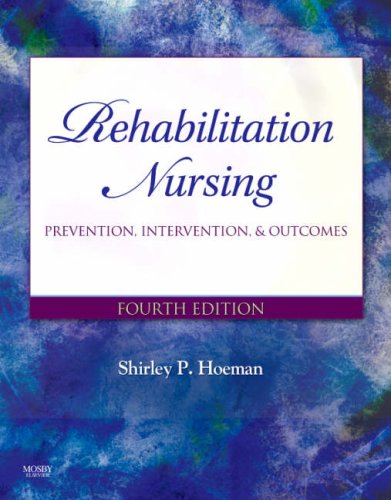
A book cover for Rehabilitation Nursing: Prevention, Intervention, and Outcomes, 4e (REHABILITATION NURSING: PROCESS & APPLICATION ( HOEMAN)); Shirley P. Hoeman PhD  MPH  RN  CRRN  CS; Medical Books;